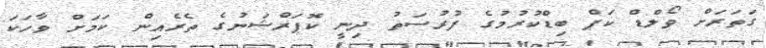
ގަތަރަށް ވޯލްޑް ކަޕް ބިޑްކުރުމުގެ ފުރުސަތު ދިނީ ކޮޕަރްޝަނުގެ ތެރެއިން ކަމަށް ވާހަކަ